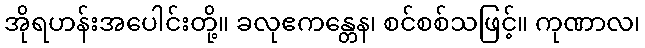
အိုရဟန်းအပေါင်းတို့။ ခလုဧကန္တေန၊ စင်စစ်သဖြင့်။ ကုဏာလ၊